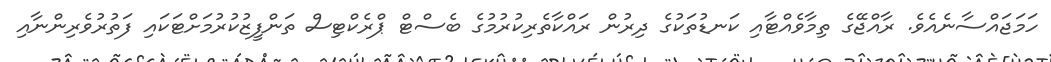
ހަމަޖައްސާނެއެވެ. ރާއްޖޭގެ ތިމާވެއްޓާއި ކަނޑުތަކުގެ ދިރުން ރައްކާތެރިކުރުމުގެ ބެސްޓް ޕްރެކްޓިސް ތަންފީޒުކުރުމަށްޓަކައި ފަތުރުވެރިންނާއި